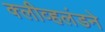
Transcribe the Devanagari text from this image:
क्लीव्हलंडने